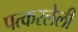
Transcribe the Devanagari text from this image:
पत्करलेली